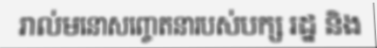
រាល់មនោសញ្ចេតនារបស់បក្ស រដ្ឋ និង